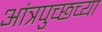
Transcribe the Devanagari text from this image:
आंत्रपुच्छच्या